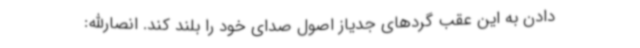
دادن به این عقب گردهای جدیاز اصول صدای خود را بلند کند. انصارالله: